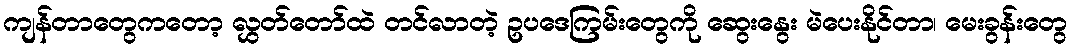
ကျန်တာတွေကတော့ လွှတ်တော်ထဲ တင်လာတဲ့ ဥပဒေကြမ်းတွေကို ဆွေးနွေး မဲပေးနိုင်တာ၊ မေးခွန်းတွေ